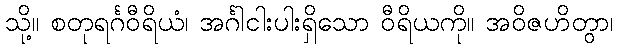
သို့။ စတုရင်္ဂဝီရိယံ၊ အင်္ဂါငါးပါးရှိသော ဝီရိယကို။ အဝိဇဟိတွာ၊